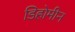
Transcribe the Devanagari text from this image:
डिहोमीन